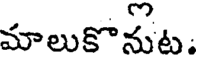
మాలుకొనుట.